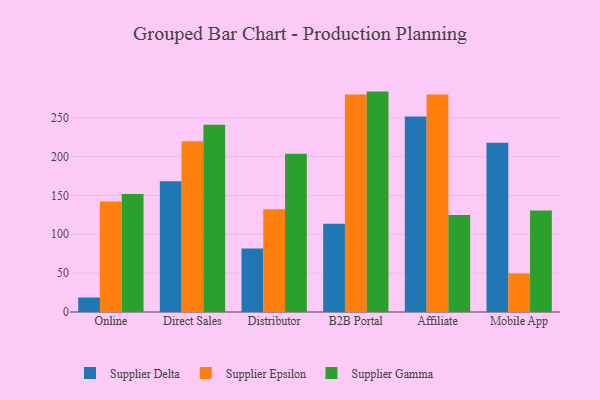
{"axis": {"x": "Channel", "y": "Gross Profit (USD K)"}, "legend": ["Supplier Delta", "Supplier Epsilon", "Supplier Gamma"], "data": [{"x": "Online", "y": 18.6, "type": "Supplier Delta"}, {"x": "Online", "y": 142.2, "type": "Supplier Epsilon"}, {"x": "Online", "y": 151.7, "type": "Supplier Gamma"}, {"x": "Direct Sales", "y": 168.2, "type": "Supplier Delta"}, {"x": "Direct Sales", "y": 219.7, "type": "Supplier Epsilon"}, {"x": "Direct Sales", "y": 241.1, "type": "Supplier Gamma"}, {"x": "Distributor", "y": 81.6, "type": "Supplier Delta"}, {"x": "Distributor", "y": 132.2, "type": "Supplier Epsilon"}, {"x": "Distributor", "y": 203.7, "type": "Supplier Gamma"}, {"x": "B2B Portal", "y": 113.6, "type": "Supplier Delta"}, {"x": "B2B Portal", "y": 279.8, "type": "Supplier Epsilon"}, {"x": "B2B Portal", "y": 283.6, "type": "Supplier Gamma"}, {"x": "Affiliate", "y": 251.5, "type": "Supplier Delta"}, {"x": "Affiliate", "y": 279.9, "type": "Supplier Epsilon"}, {"x": "Affiliate", "y": 124.7, "type": "Supplier Gamma"}, {"x": "Mobile App", "y": 217.9, "type": "Supplier Delta"}, {"x": "Mobile App", "y": 49.6, "type": "Supplier Epsilon"}, {"x": "Mobile App", "y": 130.5, "type": "Supplier Gamma"}]}